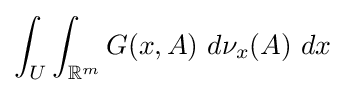
\int _{U}\int _{\mathbb {R} ^{m}}G(x,A)\ d\nu _{x}(A)\ dx